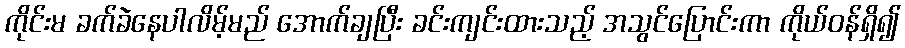
ကိုင်းမ ခက်ခဲနေပါလိမ့်မည် အောက်ချပြီး ခင်းကျင်းထားသည့် အသွင်ပြောင်းကာ ကိုယ်ဝန်ရှိ၍